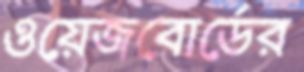
ওয়েজবোর্ডের